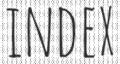
INDEX